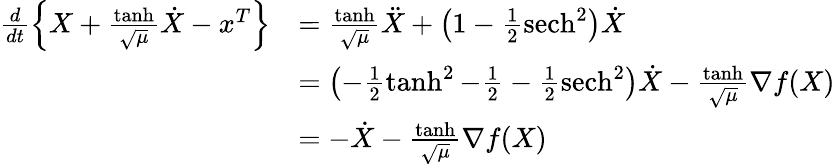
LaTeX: \begin{array}{rl}{\frac{d}{dt}\left\{ X+\frac{\operatorname{tanh}}{\sqrt{\mu}}\dot{X}-x^{T}\right\} }&{=\frac{\operatorname{tanh}}{\sqrt{\mu}}\ddot{X}+\left(1-\frac{1}{2}\operatorname{sech}^{2}\right)\dot{X}}\\ &{=\left(-\frac{1}{2}\operatorname{tanh}^{2}-\frac{1}{2}-\frac{1}{2}\operatorname{sech}^{2}\right)\dot{X}-\frac{\operatorname{tanh}}{\sqrt{\mu}}\nabla f(X)}\\ &{=-\dot{X}-\frac{\operatorname{tanh}}{\sqrt{\mu}}\nabla f(X)}\end{array}